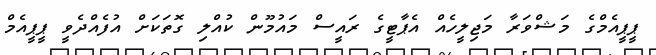
ޕީޕީއެމްގެ މަޝްވަރާ މަޖިލީހެއް އެޕާޓީގެ ރައީސް މައުމޫން ކުއްލި ގޮތަކަށް އުފެއްދެވީ ޕީޕީއެމް